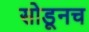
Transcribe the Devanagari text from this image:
सोडूनच